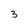
Character: 3